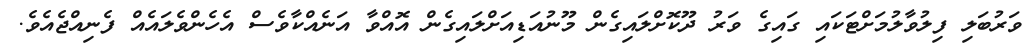
ވަރުބަލި ފިލުވާލުމަށްޓަކައި ގައިގެ ވަރު ދޫކޮށްލައިގެން މޫނުއަޑިއަށްލައިގެން އޮއްވާ އަނެއްކާވެސް އެހެންވެލައެއް ފެނިއްޖެއެވެ.